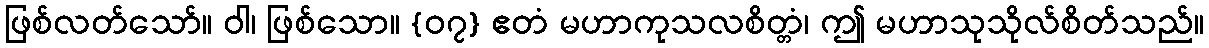
ဖြစ်လတ်သော်။ ဝါ၊ ဖြစ်သော။ {၀၇} ဧတံ မဟာကုသလစိတ္တံ၊ ဤ မဟာသုသိုလ်စိတ်သည်။